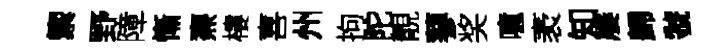
籞野障慚燾樓喜州拘陀靚蓼奖噫袤知屡歸虢